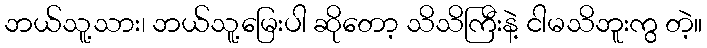
ဘယ်သူ့သား၊ ဘယ်သူ့မြေးပါ ဆိုတော့ သိသိကြီးနဲ့ ငါမသိဘူးကွ တဲ့။